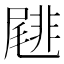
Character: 𡳕